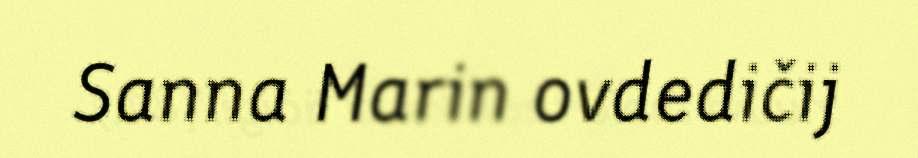
Sanna Marin ovdedičij